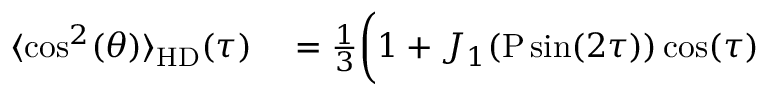
\begin{array} { r l } { \langle \cos ^ { 2 } ( \theta ) \rangle _ { \mathrm { H D } } ( \tau ) } & { { } = \frac { 1 } { 3 } \bigg ( 1 + J _ { 1 } { \left( \mathrm { P } \sin ( 2 \tau ) \right) } \cos ( \tau ) } \end{array}